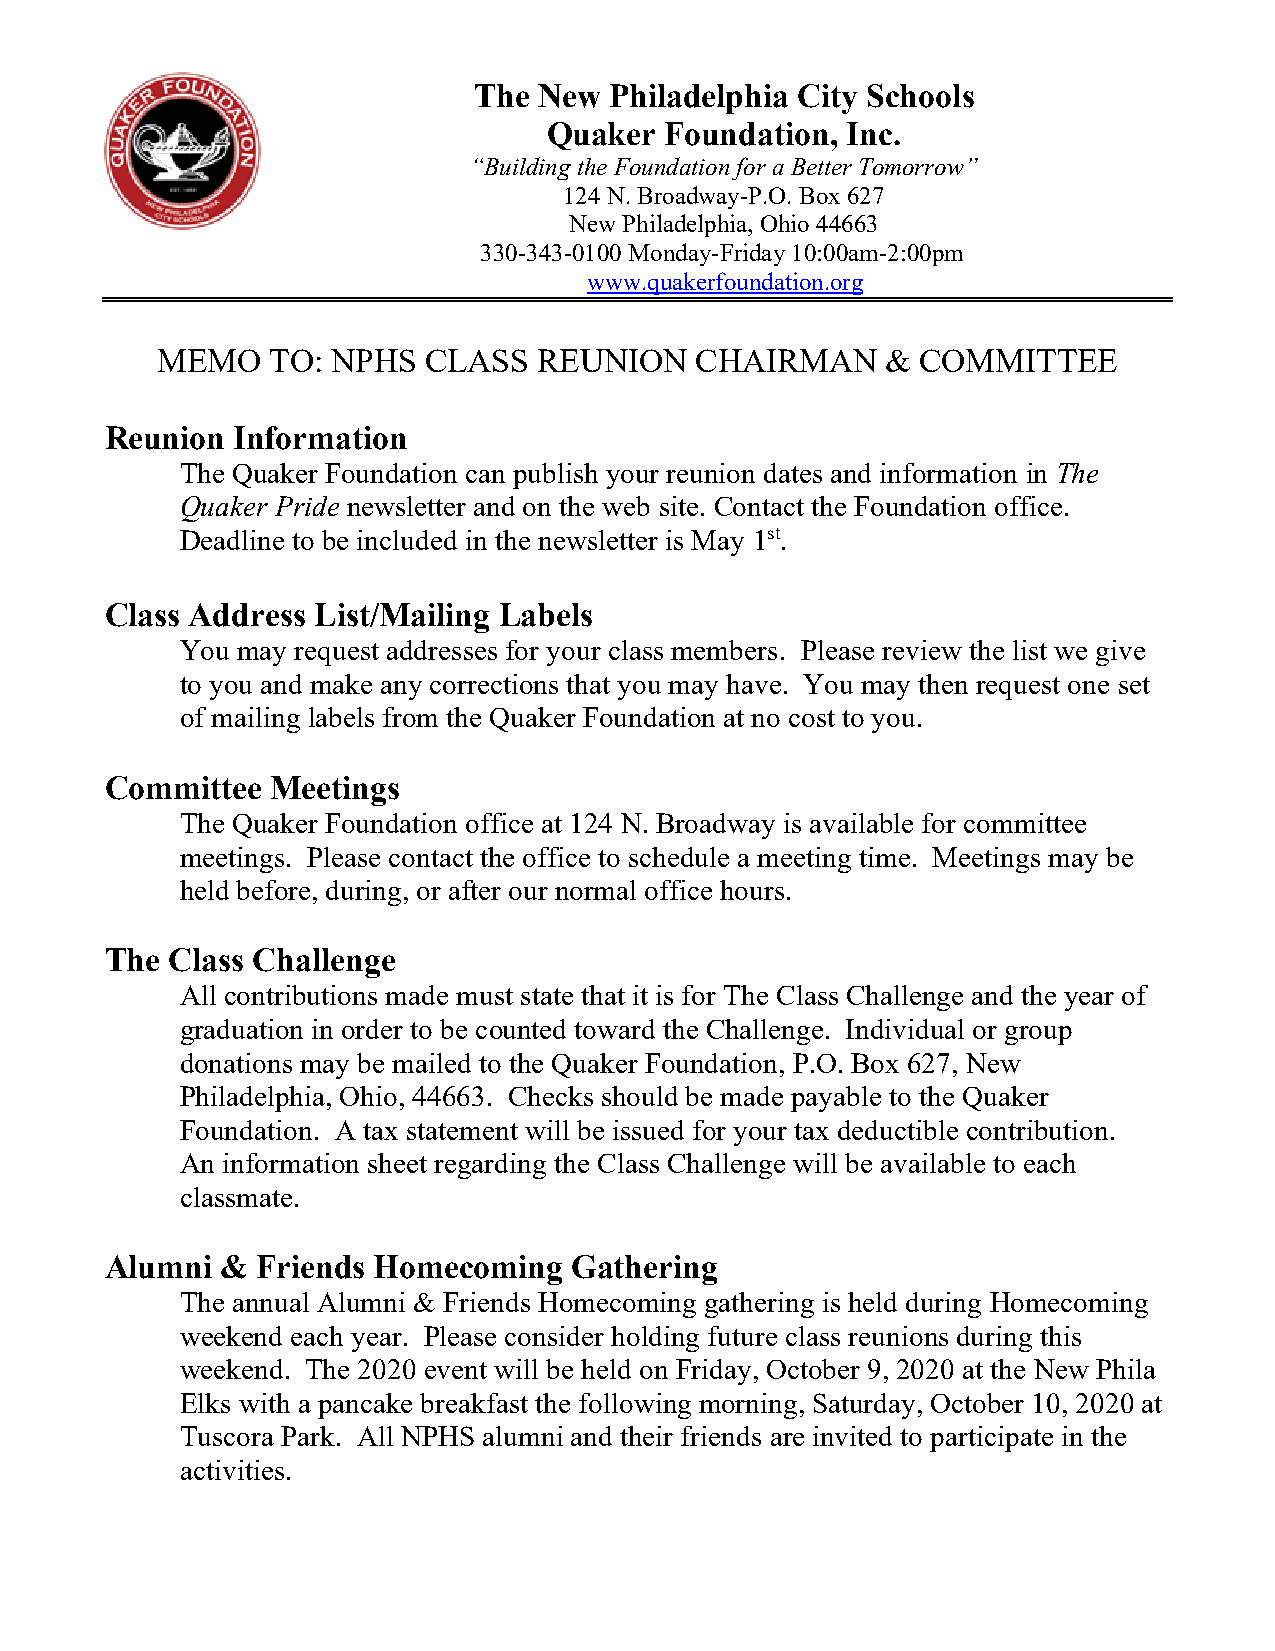
The  New Philadelphia City Schools
 Quaker  Foundation, Inc.
 “Building the Foundation for a Better Tomorrow”
 124 N. Broadway-P.O. Box 627
 New Philadelphia, Ohio 44663
 330-343-0100 Monday-Friday 10:00am-2:00pm
 www.quakerfoundation.org
 MEMO    TO: NPHS  CLASS   REUNION   CHAIRMAN     & COMMITTEE
 Reunion Information
 The Quaker Foundation can publish your reunion dates and information in The
 Quaker Pride newsletter and on the web site. Contact the Foundation office.
 Deadline to be included in the newsletter is May 1st.
 Class Address List/Mailing Labels
 You may request addresses for your class members. Please review the list we give
 to you and make any corrections that you may have. You may then request one set
 of mailing labels from the Quaker Foundation at no cost to you.
 Committee  Meetings
 The Quaker Foundation office at 124 N. Broadway is available for committee
 meetings. Please contact the office to schedule a meeting time. Meetings may be
 held before, during, or after our normal office hours.
 The Class Challenge
 All contributions made must state that it is for The Class Challenge and the year of
 graduation in order to be counted toward the Challenge. Individual or group
 donations may be mailed to the Quaker Foundation, P.O. Box 627, New
 Philadelphia, Ohio, 44663. Checks should be made payable to the Quaker
 Foundation. A tax statement will be issued for your tax deductible contribution.
 An information sheet regarding the Class Challenge will be available to each
 classmate.
 Alumni  & Friends Homecoming   Gathering
 The annual Alumni & Friends Homecoming gathering is held during Homecoming
 weekend each year. Please consider holding future class reunions during this
 weekend. The 2020 event will be held on Friday, October 9, 2020 at the New Phila
 Elks with a pancake breakfast the following morning, Saturday, October 10, 2020 at
 Tuscora Park. All NPHS alumni and their friends are invited to participate in the
 activities.